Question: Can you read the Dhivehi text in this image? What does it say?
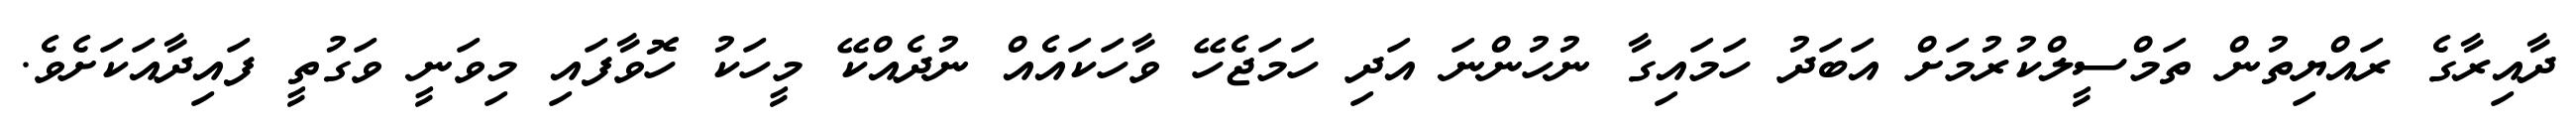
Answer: ދާއިރާގެ ރައްޔިތުން ތަމްސީލްކުރުމަށް އަބަދު ހަމައިގާ ނުހުންނަ އަދި ހަމަޖެހޭ ވާހަކައެއް ނުދެއްކޭ މީހަކު ހޮވާފައި މިވަނީ ވަގުތީ ފައިދާއަކަށެވެ.